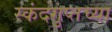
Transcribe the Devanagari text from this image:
स्कंदगुप्तच्या